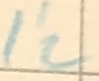
Text: L'2